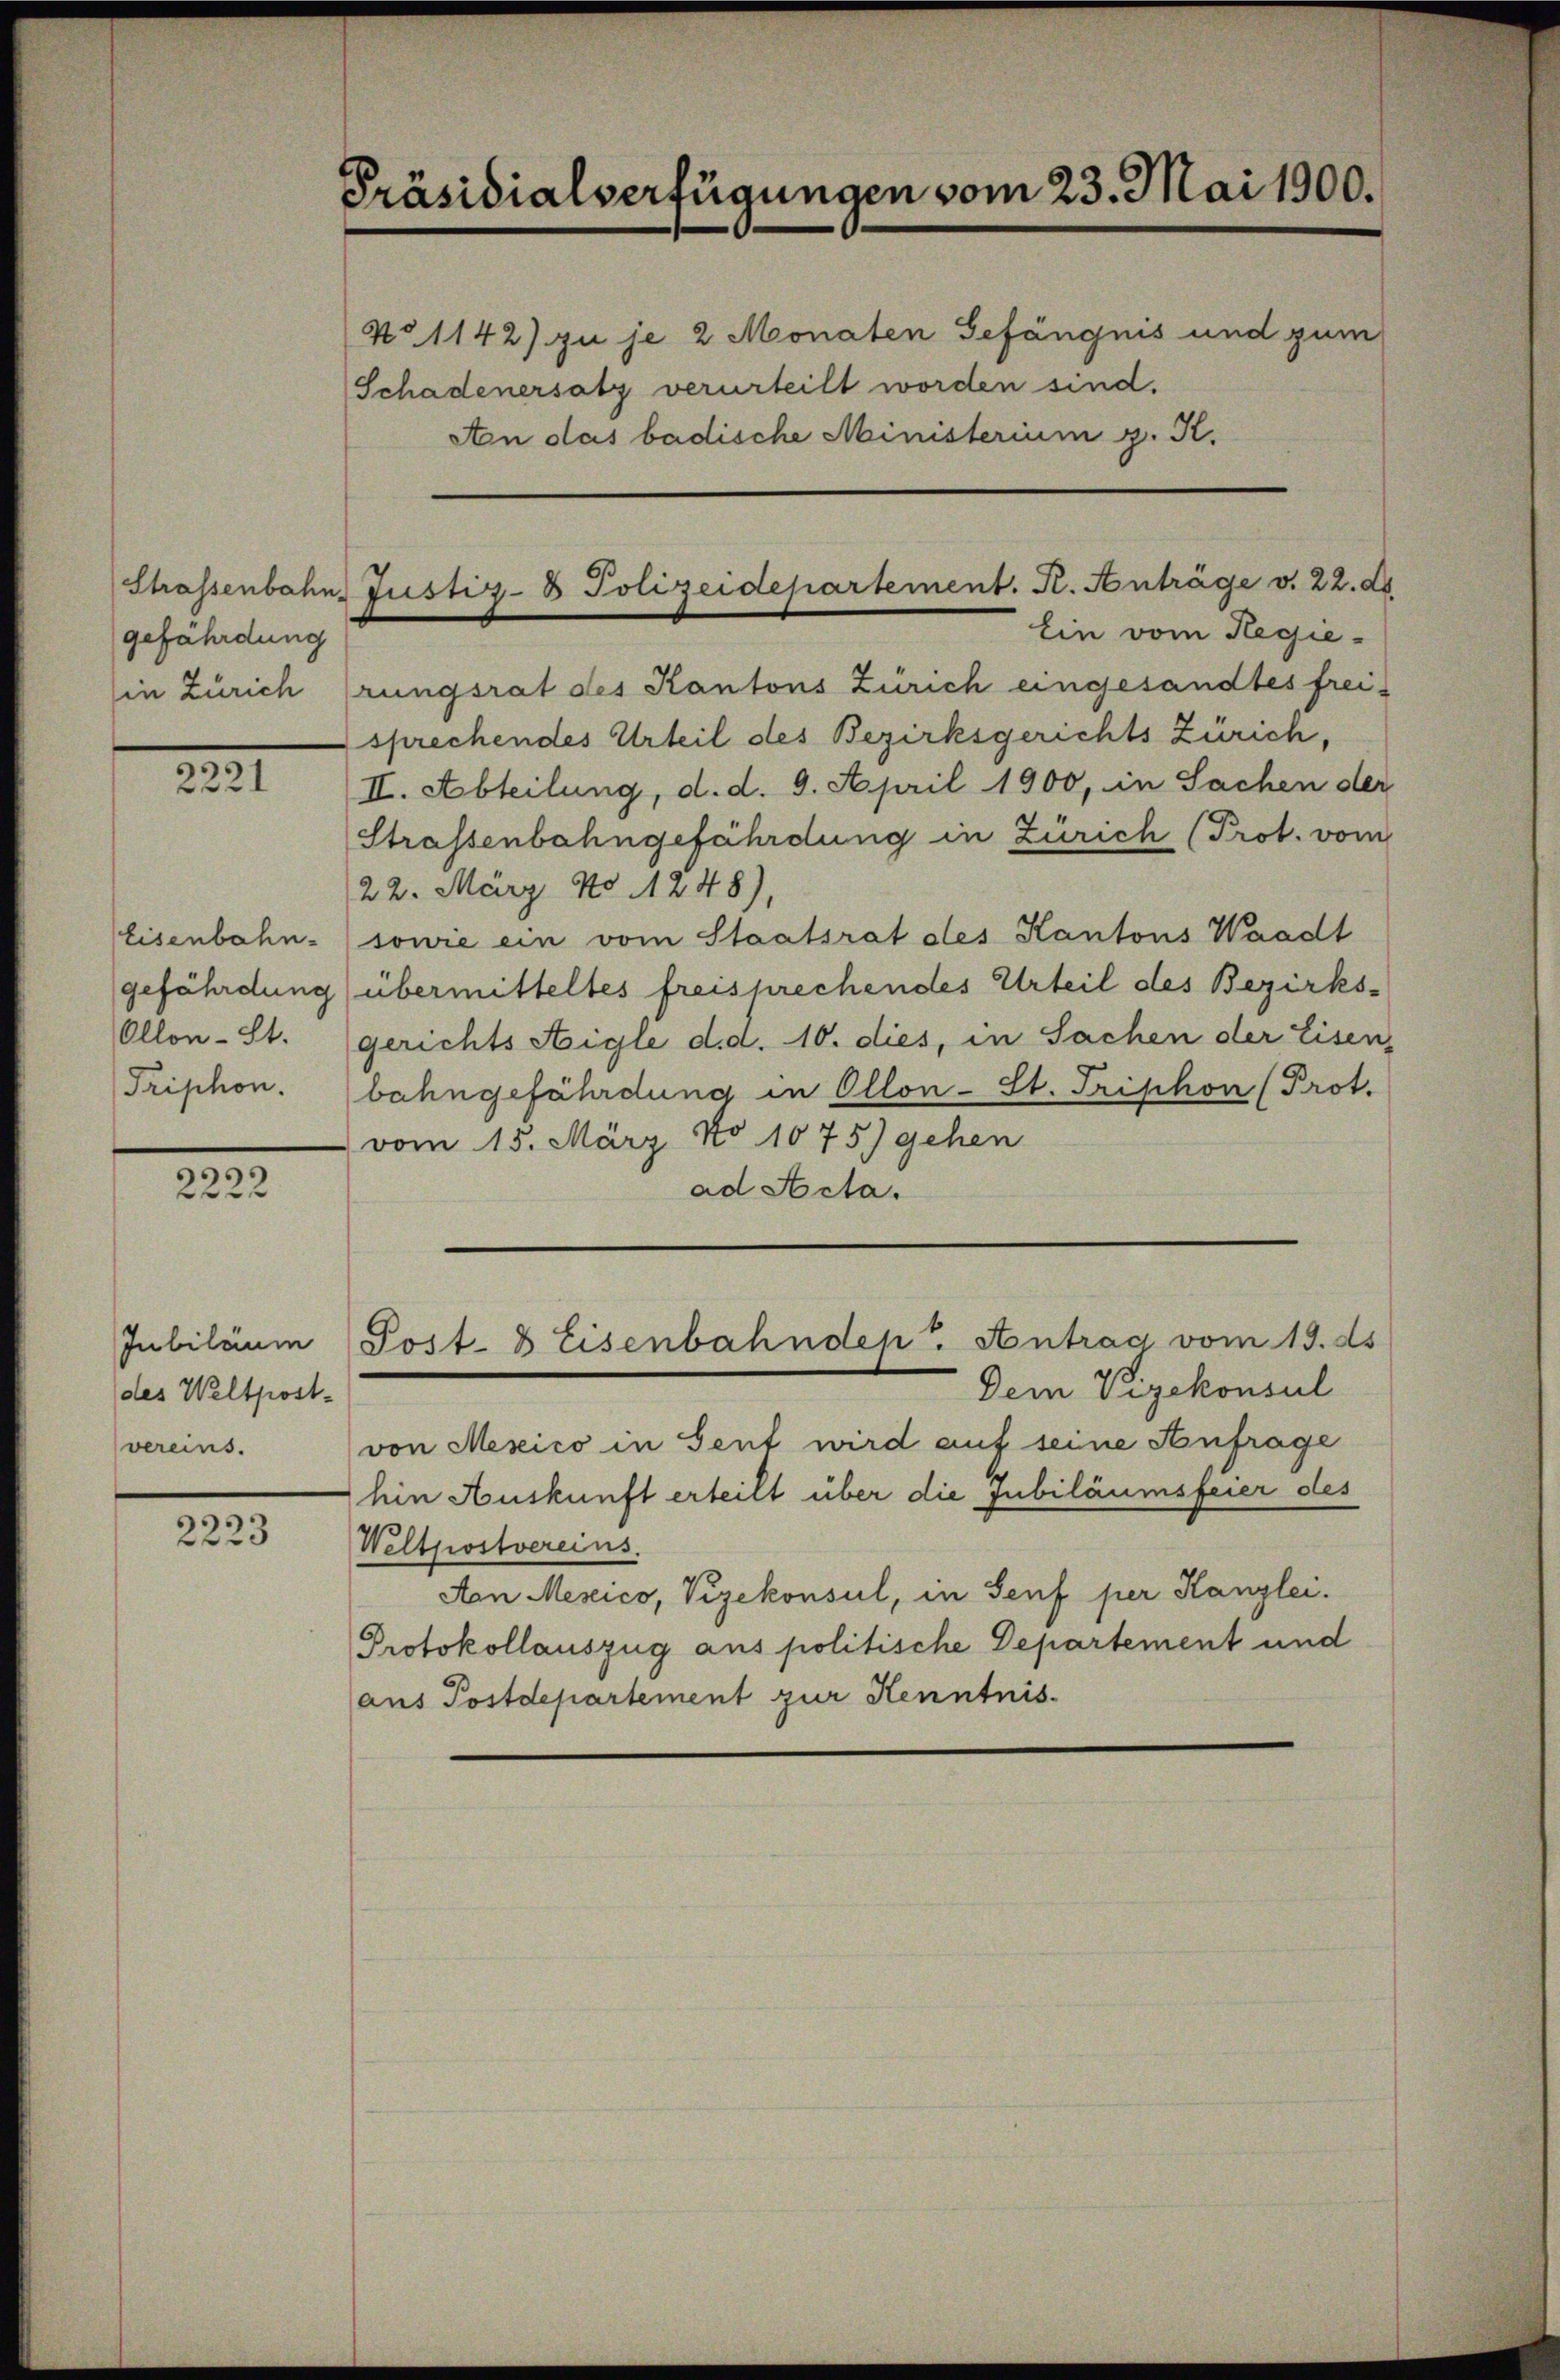
gefährdung
in Zürich

5
2221

Eisenbahn-
gefährdung
Ollon - St.
Triphon.

s
2222

Jubilaum
des Weltpost-
vereins.

2223

Präsidialverfügungen vom 23. Mai 1900.
No 1142) zu je 2 Monaten Gefängnis und zum
Schadenersatz verurteilt worden sind.
An das badische Ministerium g. K.

rungsrat des Kantons Zürich eingesandtes freisprechendes Urteil des Bezirksgerichts Zürich,
II. Abteilung, d. d. 9. April 1900, in Sachen der
Strassenbahngefährdung in Zürich (Prot. vom
22. März No 1248),
sowie ein vom Staatsrat des Kantons Waadt
übermitteltes freisprechendes Urteil des Bezirks-
gerichts Aigle d.d. 10. dies, in Sachen der Eisen,
bahngefährdung in Ollon-St. Triphon (Prot.
vom 15. März No 1075) gehen
ad Acta.
Post- & Eisenbahndep. Antrag vom 13. ds
Dem Vizekonsul
von Mexico in Sent wird auf seine Anfrage
hin Auskunft erteilt über die Jubiläumsfeier des
Weltpostvereins.
Aon Mexico, Vizekonsul, in Senf per Kanzlei.
Protokollauszug aus politische Departement und
aus Postdepartement zur Kenntnis.

Strassenbahn, Justiz- & Polizeidepartement. K. Anträge v. 22. ds.
Ein vom Regie-